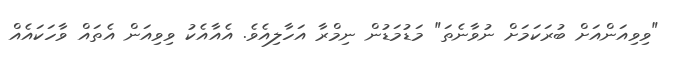
"ވިވިއަންއަށް ބުރަކަމަށް ނުވާނެތަ" މަޑުމަޑުން ނިމްރާ އަހާލިއެވެ. އެއާއެކު ވިވިއަން އެތައް ވާހަކައެއް